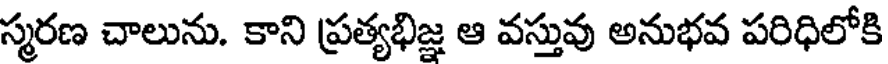
స్మరణ చాలును. కాని ప్రత్యభిజ్ఞ ఆ వస్తువు అనుభవ పరిధిలోకి